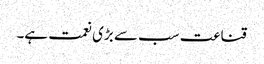
قناعت سب سے بڑی نعمت ہے۔